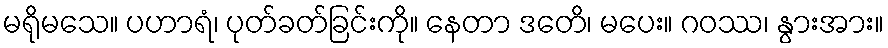
မရိုမသေ။ ပဟာရံ၊ ပုတ်ခတ်ခြင်းကို။ နေတာ ဒတေိ၊ မပေး။ ဂဝဿ၊ နွားအား။